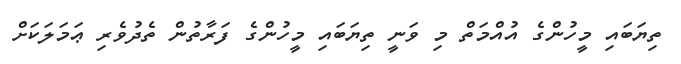
ތިޔަބައި މީހުންގެ އުއްމަތް މި ވަނީ ތިޔަބައި މީހުންގެ ފަރާތުން ތެދުވެރި ޢަމަލަކަށް